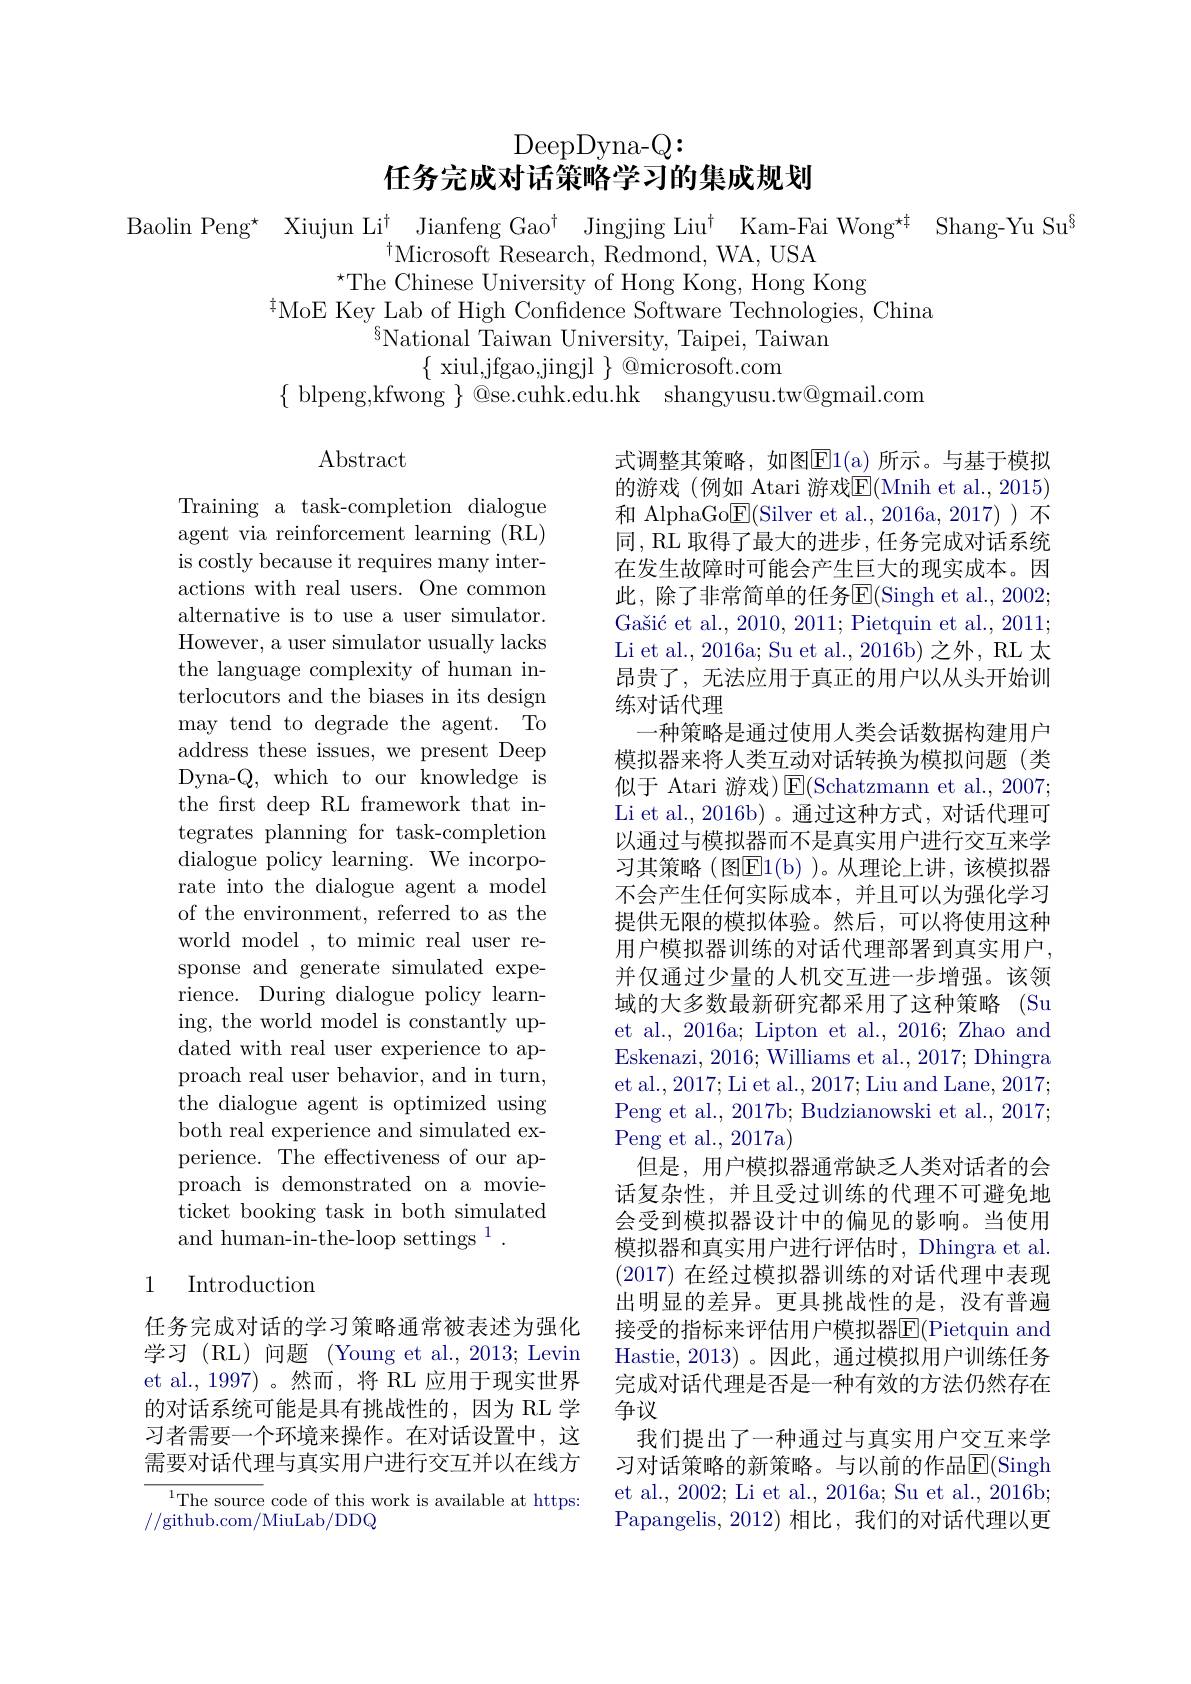
DeepDyna- Q:
任务完成对话策略学习的集成规划

Baolin Peng* Xiujun Li$^{\dagger}$ Jianfeng Gao$^\dagger$ Jingjing Liu$^\dagger$ Kam-Fai Wong$^\star\sharp$ Shang-Yu Su$^{\mathrm{s}}$
$^{\dagger}$Microsoft Research, Redmond, WA, USA
$^{\star}$The Chinese University of Hong Kong, Hong Kong
$^{\ddagger}$MoE Key Lab of High Confdence Software Technologies, China
$^{8}$National $\overset{8}{\operatorname*{\text{Taiwan University, Taipei, Taiwan}}}$
$\{$ xiul,jfgao,jingjl $\}$ @microsoft.com
$\{$blpeng,kfwong $\}$@se.cuhk.edu.hk shangyusu.tw@gmail.com

$\operatorname{Abstract}$

Training a task-completion dialogue agent via reinforcement learning (RL) is costly because it requires many interactions with real users. One common alternative is to use a user simulator. However, a user simulator usually lacks the language complexity of human interlocutors and the biases in its design may tend to degrade the agent. To address these issues, we present Deep Dyna-Q, which to our knowledge is the frst deep RL framework that integrates planning for task-completion dialogue policy learning. We incorporate into the dialogue agent a model of the environment, referred to as the world model , to mimic real user response and generate simulated experience. During dialogue policy learning, the world model is constantly updated with real user experience to approach real user behavior, and in turn, the dialogue agent is optimized using both real experience and simulated experience. The effectiveness of our approach is demonstrated on a movieticket booking task in both simulated and human-in-the-loop settings $^{1}.$

式调整其策略，如图$\mathbb{E}$1(a)所示。与基于模拟的游戏(例如 Atari 游戏$\overline{\mathrm{E}}($Mnih et al.,2015) 和 AlphaGo$\underline{\mathrm{E}}($Silver et al.,2016a,2017))不同，RL 取得了最大的进步 ,任务完成对话系统在发生故障时可能会产生巨大的现实成本。因此，除了非常简单的任务$\overline {\mathrm{E} }$( Singh et al. , 2002; Gašić et al., 2010, 2011; Pietquin et al., 2011; Li et al., 2016a; Su et al., 2016b) 之外，RL 太昂贵了，无法应用于真正的用户以从头开始训练对话代理
一种策略是通过使用人类会话数据构建用户模拟器来将人类互动对话转换为模拟问题(类似于 Atari 游戏)$\operatorname{E}($Schatzmann et al., 2007; Li et al., 2016b)。通过这种方式，对话代理可以通过与模拟器而不是真实用户进行交互来学习其策略(图E$1( b)$ )。从理论上讲，该模拟器不会产生任何实际成本，并且可以为强化学习提供无限的模拟体验。然后，可以将使用这种用户模拟器训练的对话代理部署到真实用户， 并仅通过少量的人机交互进一步增强。该领域的大多数最新研究都采用了这种策略 (Su et al., 2016a; Lipton et al., 2016; Zhao and Eskenazi, 2016; Williams et al., 2017; Dhingra et al., 2017; Li et al., 2017; Liu and Lane, 2017; Peng et al., 2017b; Budzianowski et al., 2017; Peng et al., 2017a)
但是，用户模拟器通常缺乏人类对话者的会话复杂性，并且受过训练的代理不可避免地会受到模拟器设计中的偏见的影响。当使用模拟器和真实用户进行评估时，Dhingra et al. (2017)在经过模拟器训练的对话代理中表现出明显的差异。更具挑战性的是，没有普遍接受的指标来评估用户模拟器$\overline{\mathrm{E}}($Pietquin and Hastie,2013)。因此，通过模拟用户训练任务完成对话代理是否是一种有效的方法仍然存在争议
我们提出了一种通过与真实用户交互来学习对话策略的新策略。与以前的作品$\overline{\mathrm{E}}($Singh et al., 2002; Li et al., 2016a; Su et al., 2016b; Papangelis, 2012)相比，我们的对话代理以更

## 1 Introduction

任务完成对话的学习策略通常被表述为强化学习(RL)问题(Young et al.,2013;Levin et al., 1997)。然而，将 RL 应用于现实世界的对话系统可能是具有挑战性的，因为 RL 学习者需要一个环境来操作。在对话设置中，这需要对话代理与真实用户进行交互并以在线方

${{^{1}\text{The source}}}$code of this work is available at https:
//github.com/MiuLab/DDQ